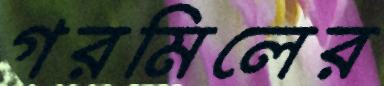
গরমিলের